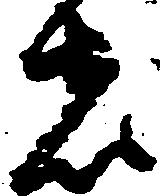
者